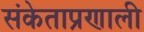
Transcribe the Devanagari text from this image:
संकेताप्रणाली